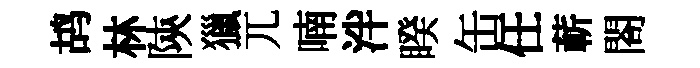
鸪林陝獵兀喃泮睽缶任蔪閤